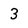
Character: 3